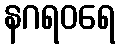
နဂရဝရေ